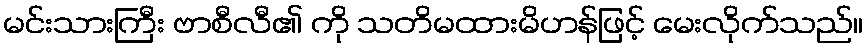
မင်းသားကြီး ဗာစီလီ၏ ကို သတိမထားမိဟန်ဖြင့် မေးလိုက်သည်။